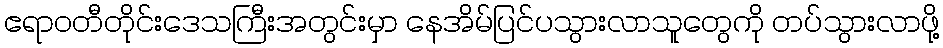
ဧရာဝတီတိုင်းဒေသကြီးအတွင်းမှာ နေအိမ်ပြင်ပသွားလာသူတွေကို တပ်သွားလာဖို့